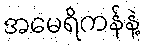
အမေရိကန်နဲ့